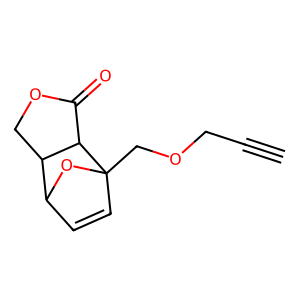
SMILES: C#CCOCC12C=CC(O1)C1COC(=O)C12
Inhibits HIV replication: No